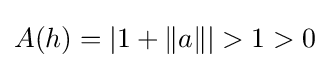
A(h)=|1+\|a\||>1>0